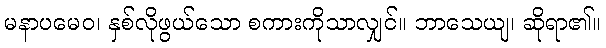
မနာပမေဝ၊ နှစ်လိုဖွယ်သော စကားကိုသာလျှင်။ ဘာသေယျ၊ ဆိုရာ၏။